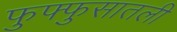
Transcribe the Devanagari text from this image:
फुफ्फुसातली